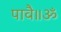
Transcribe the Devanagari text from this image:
पावै॥ॐ